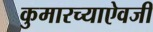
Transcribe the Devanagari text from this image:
कुमारच्याऐवजी